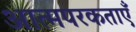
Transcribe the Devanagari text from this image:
आत्मपरकताएँ